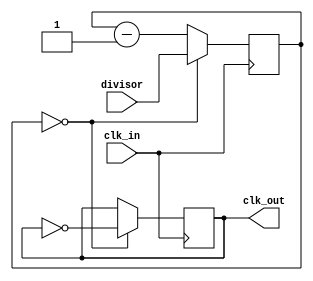
module divClk(input clk_in, input [25:0] divisor, output reg clk_out);
reg [25:0] cnt;
  always @ (posedge clk_in)
    begin
	   if (cnt==0) begin
		  clk_out <= ~clk_out;
		  cnt <= divisor; 
		end
      else cnt<= cnt-26'd1;		
	 end
endmodule